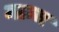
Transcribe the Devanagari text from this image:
मान्म